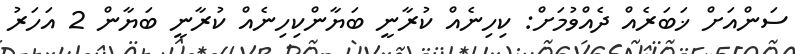
ސަންއަށް ޚަބަރެއް ދެއްވުމަށް: ކިހިނެއް ކުރާނީ ބަޔާންކިހިނެއް ކުރާނީ ބަޔާން 2 އަހަރު